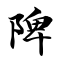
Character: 陴